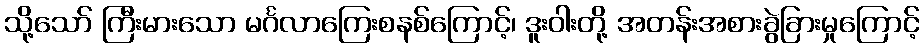
သို့သော် ကြီးမားသော မင်္ဂလာကြေးစနစ်ကြောင့်၊ ဒူးဝါးတို့ အတန်းအစားခွဲခြားမှုကြောင့်